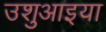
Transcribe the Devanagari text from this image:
उशुआइया